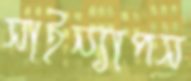
সাইন্যাপস